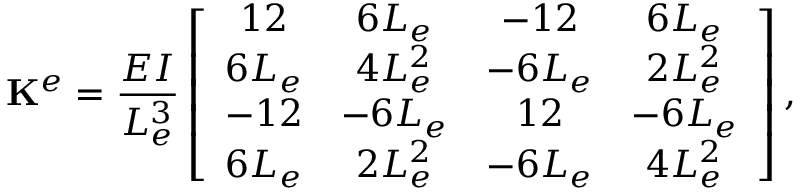
\mathbf { K } ^ { e } = \frac { E I } { L _ { e } ^ { 3 } } \left[ \begin{array} { c c c c } { 1 2 } & { 6 L _ { e } } & { - 1 2 } & { 6 L _ { e } } \\ { 6 L _ { e } } & { 4 L _ { e } ^ { 2 } } & { - 6 L _ { e } } & { 2 L _ { e } ^ { 2 } } \\ { - 1 2 } & { - 6 L _ { e } } & { 1 2 } & { - 6 L _ { e } } \\ { 6 L _ { e } } & { 2 L _ { e } ^ { 2 } } & { - 6 L _ { e } } & { 4 L _ { e } ^ { 2 } } \end{array} \right] ,